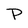
Character: P